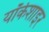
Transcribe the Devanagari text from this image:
यॉर्कशाइर